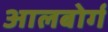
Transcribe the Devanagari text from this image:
आलबोर्ग